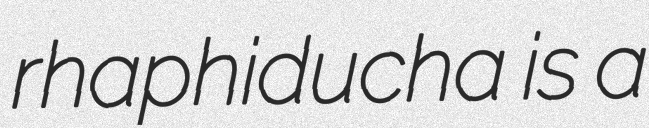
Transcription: rhaphiducha is a